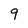
Character: 9